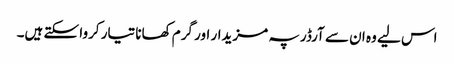
اس لیے وہ ان سے آرڈر پہ مزیدار اور گرم کھانا تیار کروا سکتے ہیں۔